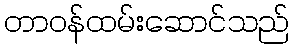
တာဝန်ထမ်းဆောင်သည်